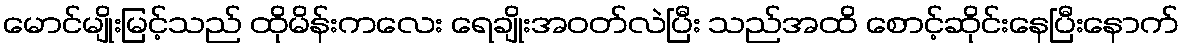
မောင်မျိုးမြင့်သည် ထိုမိန်းကလေး ရေချိုးအဝတ်လဲပြီး သည်အထိ စောင့်ဆိုင်းနေပြီးနောက်